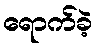
ရောက်ခဲ့